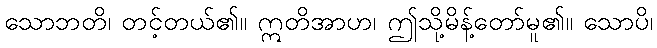
သောဘတိ၊ တင့်တယ်၏။ ဣတိအာဟ၊ ဤသို့မိန့်တော်မူ၏။ သောပိ၊